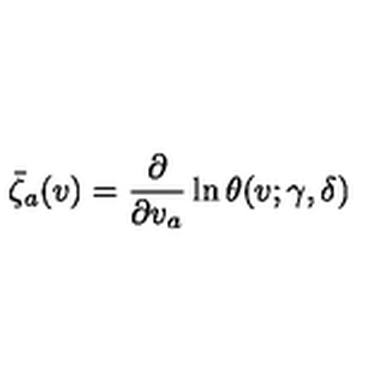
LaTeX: \bar { \zeta } _ { a } ( v ) = \frac { \partial } { \partial v _ { a } } \ln \theta ( v ; \gamma , \delta )